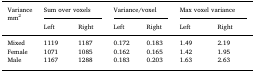
| <ROWSPAN=2> Variancemm2 | <COLSPAN=2> Sum over voxels | <COLSPAN=2> Variance/voxel | <COLSPAN=2> Max voxel variance |
 | Left | Right | Left | Right | Left | Right |
 | --- | --- | --- | --- | --- | --- | --- |
 | Mixed | 1119 | 1187 | 0.172 | 0.183 | 1.49 | 2.19 |
 | Female | 1071 | 1085 | 0.162 | 0.165 | 1.42 | 1.95 |
 | Male | 1167 | 1288 | 0.183 | 0.203 | 1.63 | 2.63 |